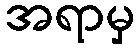
အရာမှ